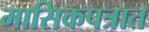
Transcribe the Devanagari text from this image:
मासिकपत्रात